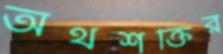
অর্থশক্তির